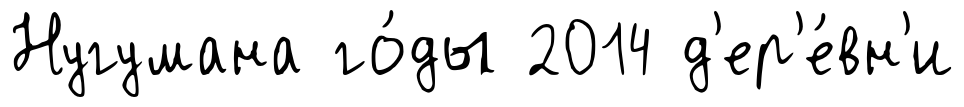
Нугумана го́ды 2014 д'ер'е́вн'и